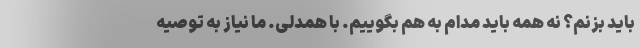
باید بزنم؟ نه همه باید مدام به هم بگوییم. با همدلی. ما نیاز به توصیه